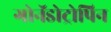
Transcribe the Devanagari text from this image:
गोनॅडोट्रोपिन